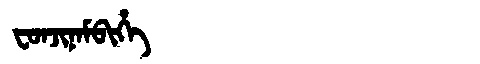
Manchu: ᠸᠣᠨᠵᡳᠨᠠᠮᠪᡳᡥᡝ
Romanization: FONJINAMBIHE